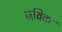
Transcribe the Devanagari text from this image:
जविक